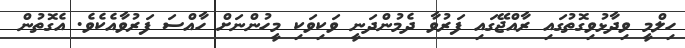
ހިލްމީ ވިދާޅުވިގޮތުގައި ރާއްޖޭގައި ފަރުވާ ދެމުންދަނީ ވަކިވަކި މީހުންނަށް ހާއްސަ ފަރުވާއެކެވެ. އެގޮތުން